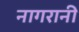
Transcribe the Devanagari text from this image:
नागरानी